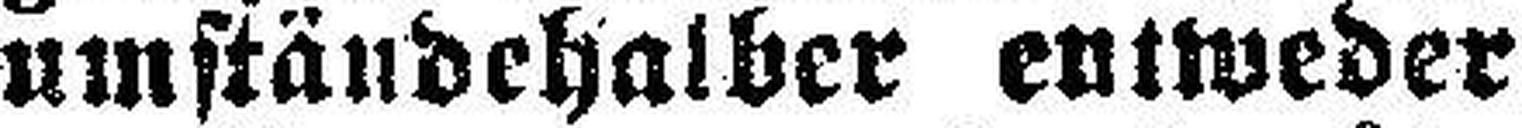
umständehalber entweder